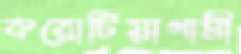
করোটিয়াগামী